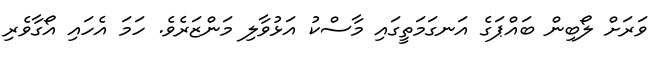
ވަރަށް ލޯބިން ބައްޕަގެ އަނގަމަތީގައި މާސްކު އަޅުވާލި މަންޒަރެވެ. ހަމަ އެހައި އޯގާވެރި